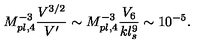
M _ { p l , 4 } ^ { - 3 } \frac { V ^ { 3 / 2 } } { V ^ { \prime } } \sim M _ { p l , 4 } ^ { - 3 } \frac { V _ { 6 } } { k l _ { s } ^ { 9 } } \sim 1 0 ^ { - 5 } .